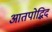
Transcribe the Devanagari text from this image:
आतपोद्भिद